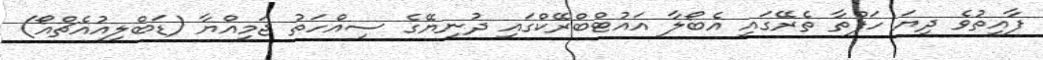
ފާއިތުވެ ދިޔަ ހަފްތާ ތެރޭގައި އެބޯލާ އައުޓްބްރޭކްގައި ދުނިޔޭގެ ސިއްހަތު ޖަމިއްޔާ (ޑަބްލިއުއެޗްއޯ)